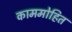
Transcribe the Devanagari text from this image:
काममोहित